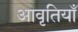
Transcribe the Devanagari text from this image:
आवृतियाँ